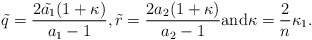
\begin{align*}\tilde{q}=\frac{2\tilde{a_1}(1+\kappa)}{a_1-1}, \tilde{r}=\frac{2a_2(1+\kappa)}{a_2-1} \mbox{and} \kappa=\frac{2}{n}\kappa_1.\end{align*}